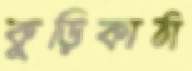
কুড়িকাঠা